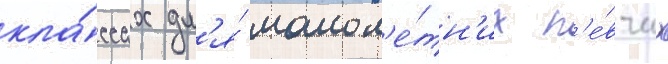
кла́ссах дл'я́ малол'е́тн'их п'е́вчих